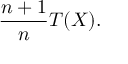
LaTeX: { \frac { n + 1 } { n } } T ( X ) .